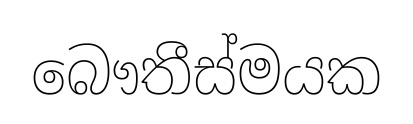
බෞතීස්මයක